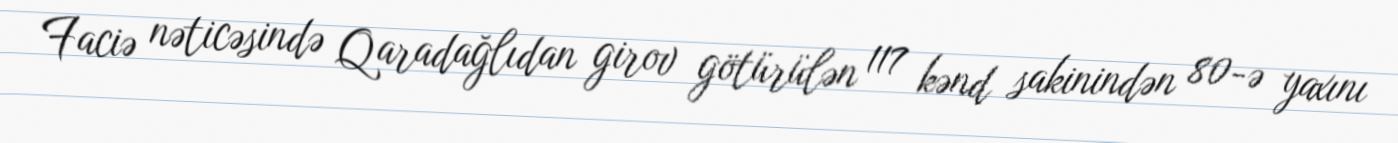
Faciə nəticəsində Qaradağlıdan girov götürülən 117 kənd sakinindən 80-ə yaxını